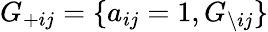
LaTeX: G_{+ij}=\{ a_{ij}=1,G_{\backslash ij}\}